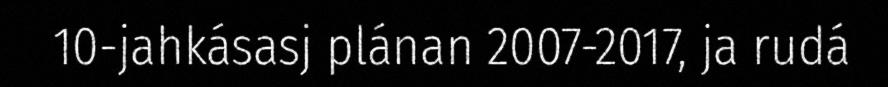
10-jahkásasj plánan 2007-2017, ja rudá